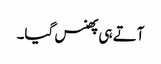
آتے ہی پھنس گیا۔